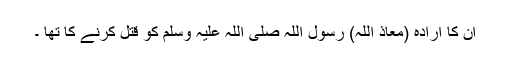
ان کا ارادہ (معاذ اللہ) رسول اللہ صلی اللہ علیہ وسلم کو قتل کرنے کا تھا ۔